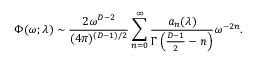
\Phi ( \omega ; \lambda ) \sim { \frac { 2 \omega ^ { D - 2 } } { ( 4 \pi ) ^ { ( D - 1 ) / 2 } } } \sum _ { n = 0 } ^ { \infty } { \frac { a _ { n } ( \lambda ) } { \Gamma \left( { \frac { D - 1 } { 2 } } - n \right) } } \omega ^ { - 2 n } .